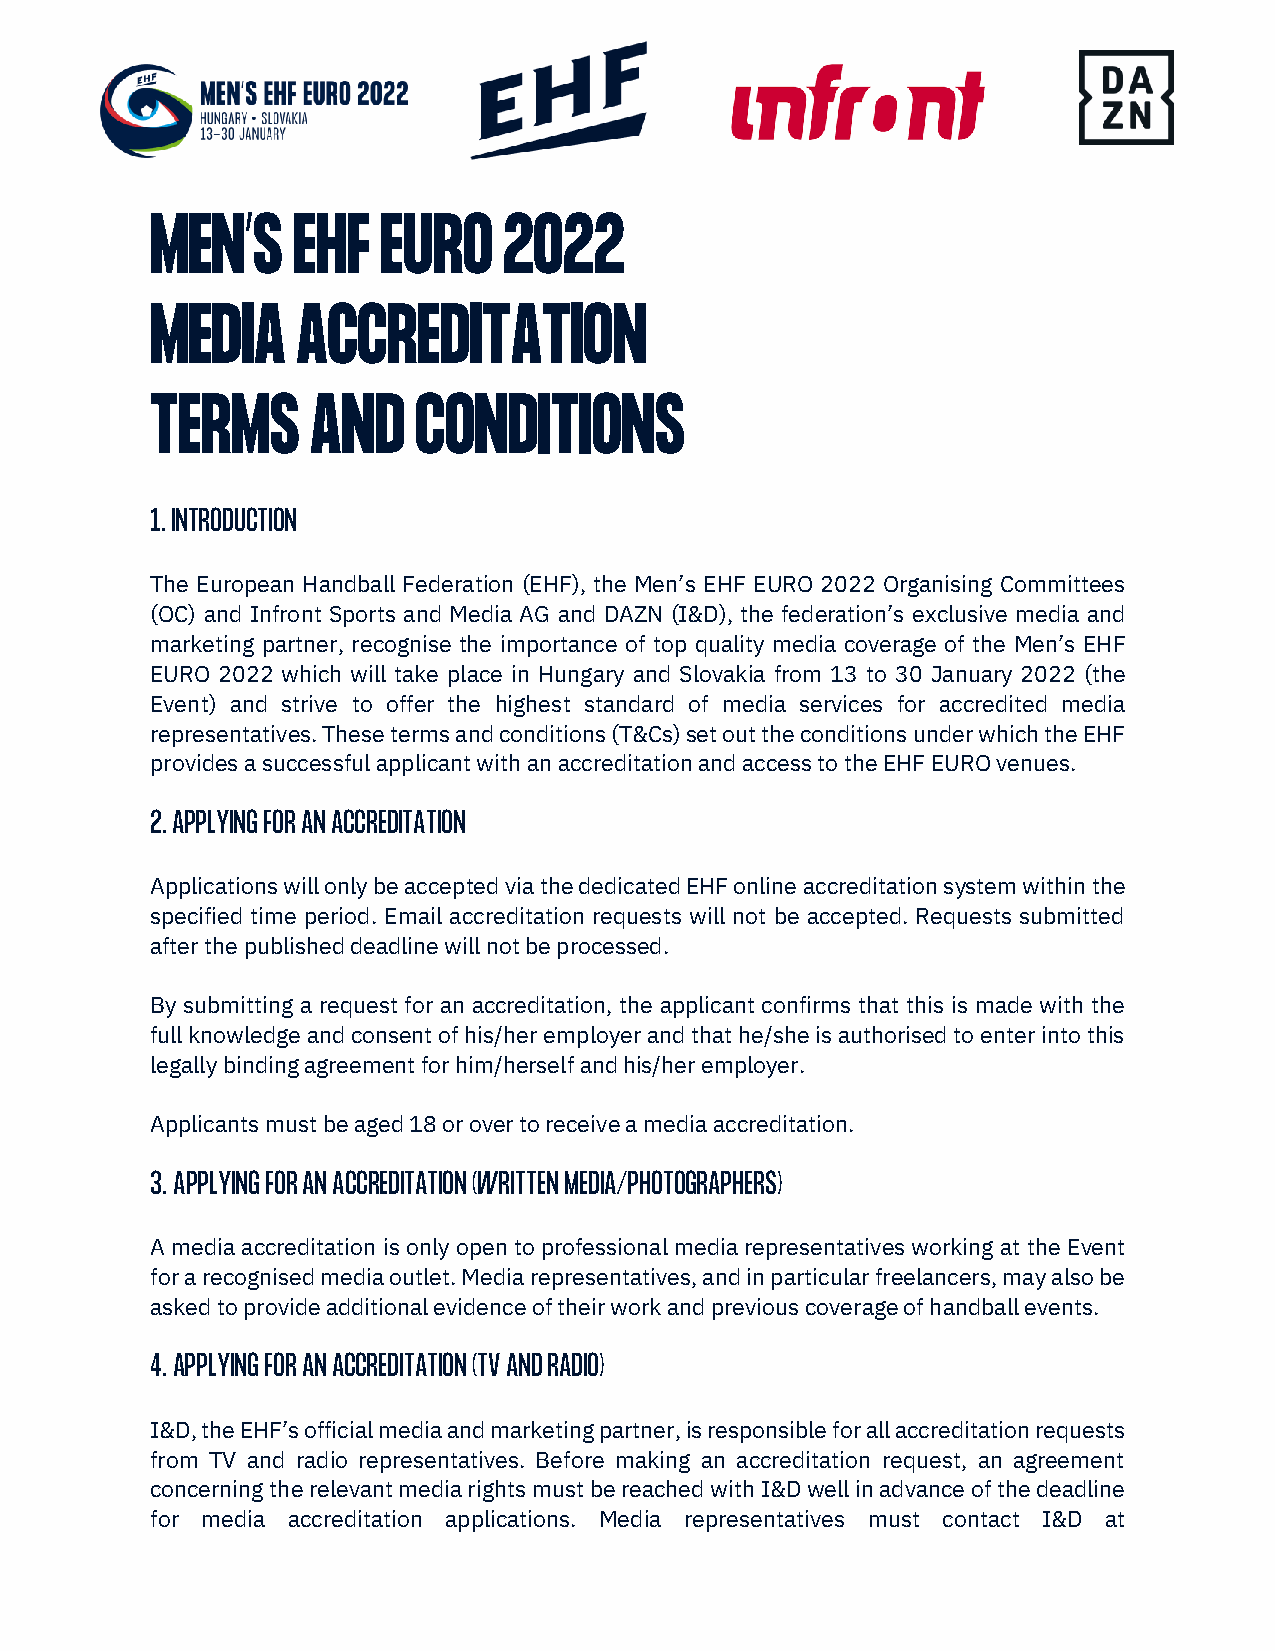
MEN’S    EHF   EURO    2022
 MEDIA     ACCREDITATION
 TERMS      AND   CONDITIONS
 1. INTRODUCTION
 The European Handball Federation (EHF), the Men’s EHF EURO 2022 Organising Committees
 (OC) and Infront Sports and Media AG and DAZN (I&D), the federation’s exclusive media and
 marketing partner, recognise the importance of top quality media coverage of the Men’s EHF
 EURO 2022 which will take place in Hungary and Slovakia from 13 to 30 January 2022 (the
 Event) and strive to offer the highest standard of media services for accredited media
 representatives. These terms and conditions (T&Cs) set out the conditions under which the EHF
 provides a successful applicant with an accreditation and access to the EHF EURO venues.
 2. APPLYING FOR AN ACCREDITATION
 Applications will only be accepted via the dedicated EHF online accreditation system within the
 specified time period. Email accreditation requests will not be accepted. Requests submitted
 after the published deadline will not be processed.
 By submitting a request for an accreditation, the applicant confirms that this is made with the
 full knowledge and consent of his/her employer and that he/she is authorised to enter into this
 legally binding agreement for him/herself and his/her employer.
 Applicants must be aged 18 or over to receive a media accreditation.
 3. APPLYING FOR AN ACCREDITATION (WRITTEN MEDIA/PHOTOGRAPHERS)
 A media accreditation is only open to professional media representatives working at the Event
 for a recognised media outlet. Media representatives, and in particular freelancers, may also be
 asked to provide additional evidence of their work and previous coverage of handball events.
 4. APPLYING FOR AN ACCREDITATION (TV AND RADIO)
 I&D, the EHF’s official media and marketing partner, is responsible for all accreditation requests
 from TV and radio representatives. Before making an accreditation request, an agreement
 concerning the relevant media rights must be reached with I&D well in advance of the deadline
 for media accreditation applications. Media representatives must contact I&D at